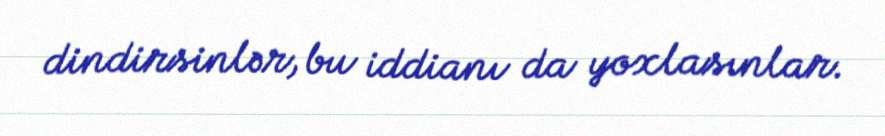
dindirsinlər, bu iddianı da yoxlasınlar.